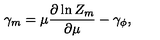
\gamma _ { m } = \mu \frac { \partial \ln Z _ { m } } { \partial \mu } - \gamma _ { \phi } ,